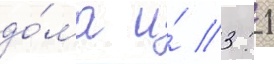
до́ма и́ 3: 1